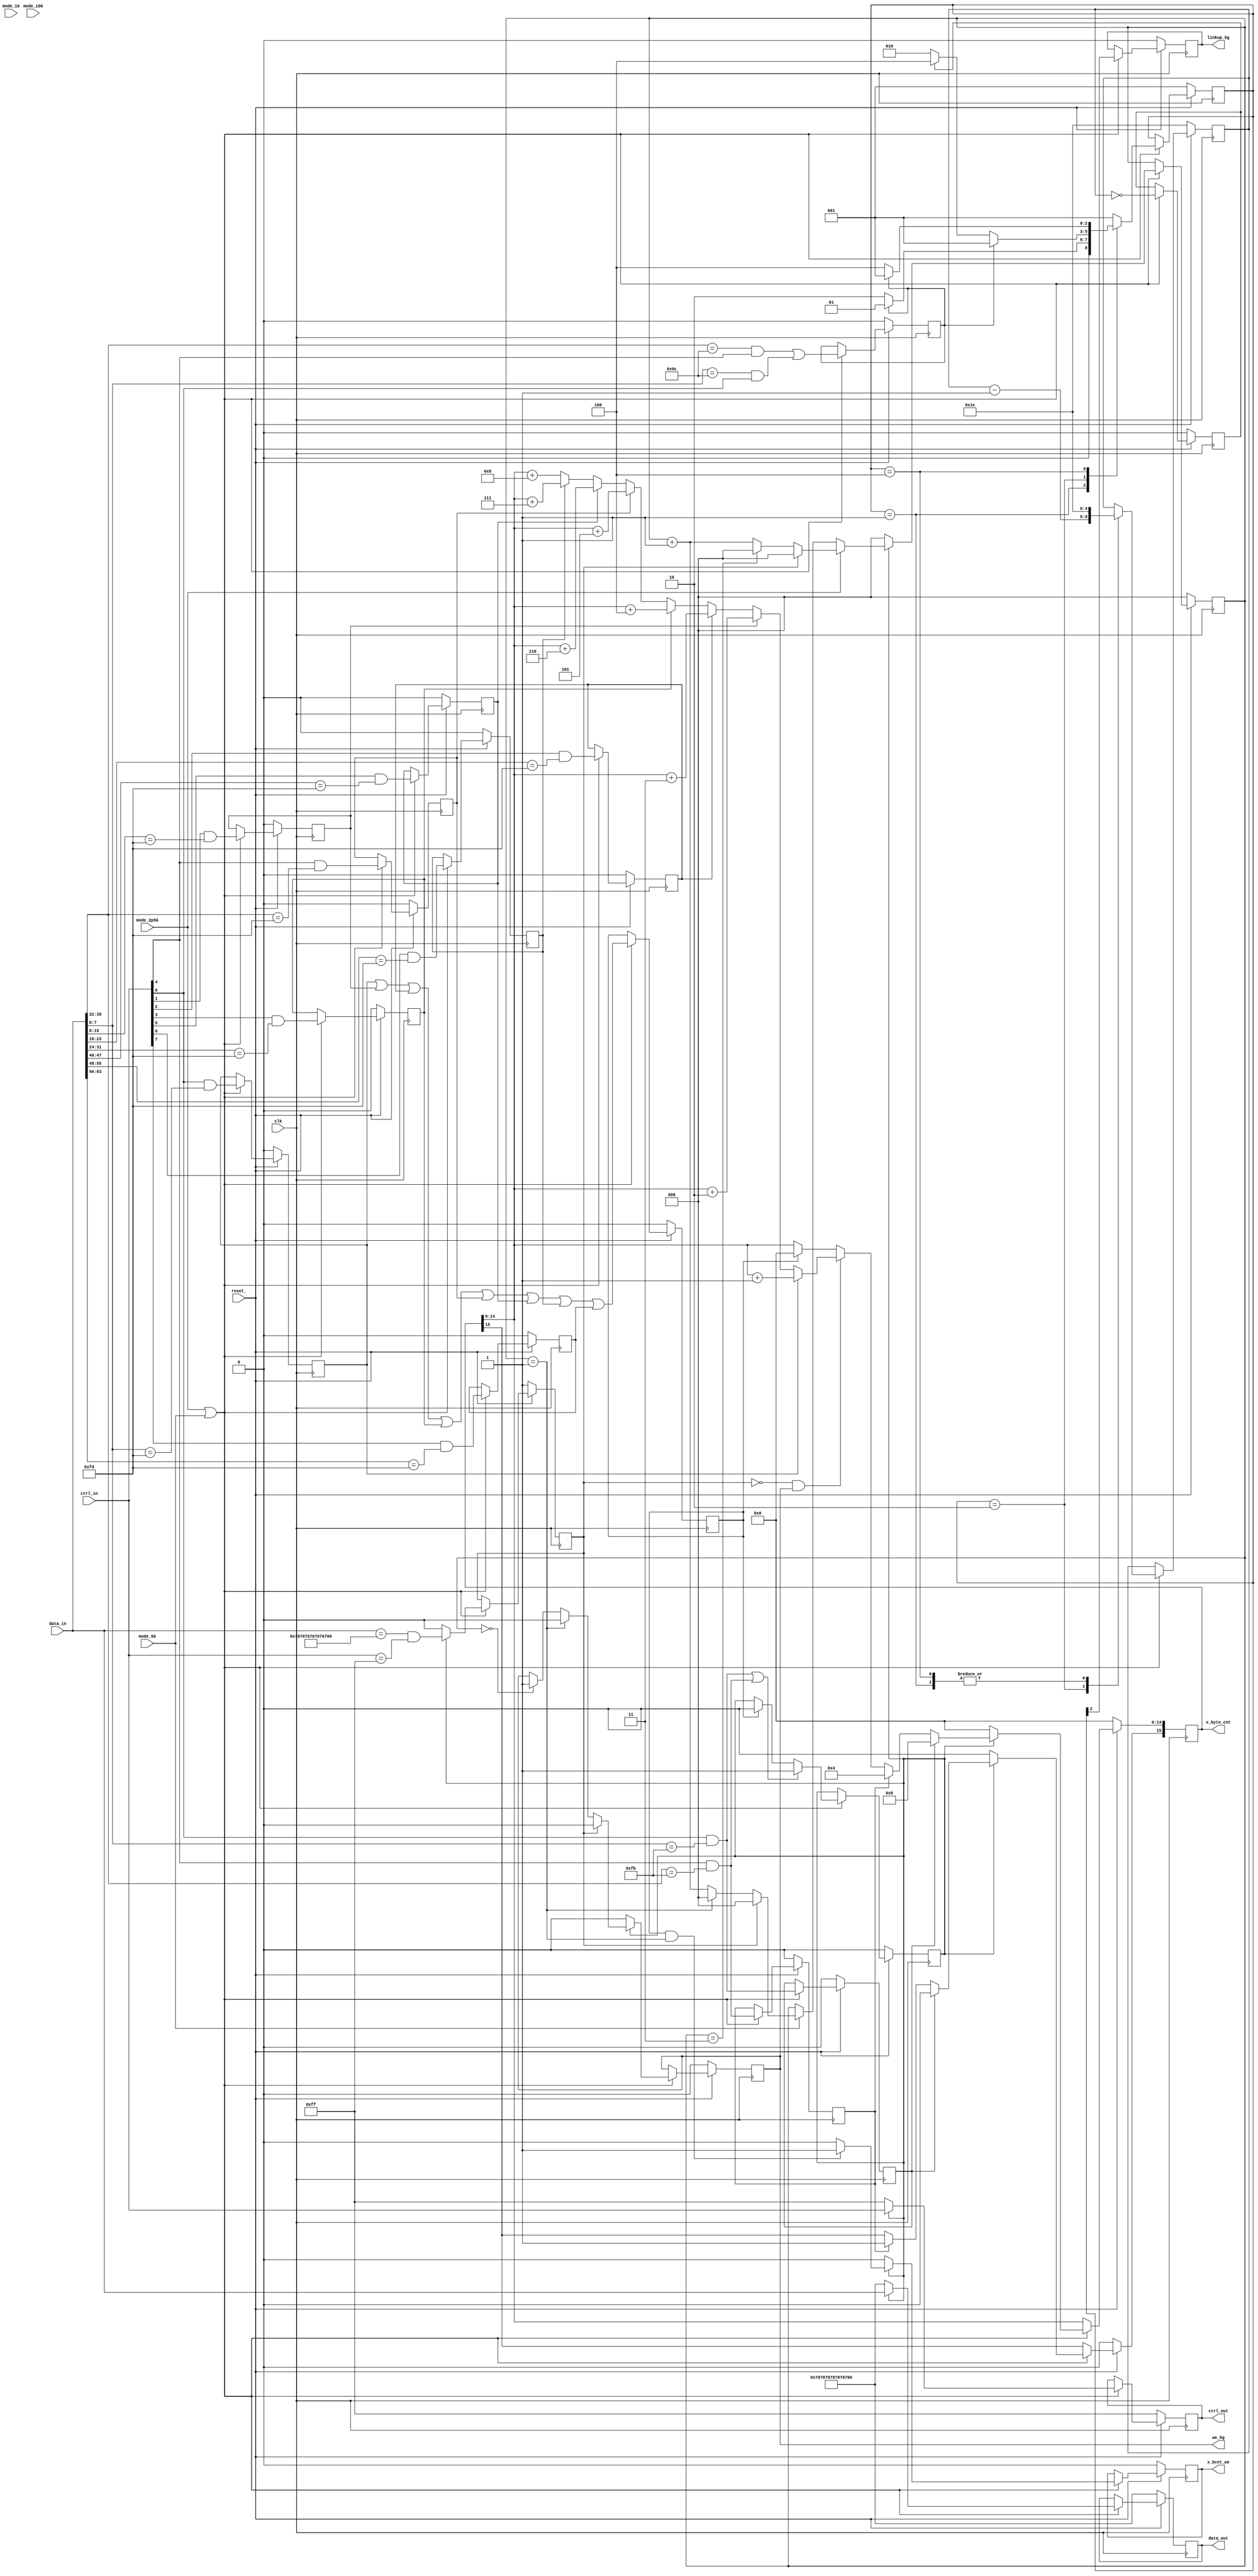
//
// Copyright (C) 2018 LeWiz Communications, Inc. 
// 
// This library is free software; you can redistribute it and/or
// modify it under the terms of the GNU Lesser General Public
// License as published by the Free Software Foundation; either
// version 2.1 of the License, or (at your option) any later version.
// 
// This library is distributed in the hope that it will be useful,
// but WITHOUT ANY WARRANTY; without even the implied warranty of
// MERCHANTABILITY or FITNESS FOR A PARTICULAR PURPOSE.  See the GNU
// Lesser General Public License for more details.
// 
// You should have received a copy of the GNU Lesser General Public
// License along with this library release; if not, write to the Free Software
// Foundation, Inc., 51 Franklin Street, Fifth Floor, Boston, MA  02110-1301  USA
// 
// LeWiz can be contacted at:  support@lewiz.com
// or address:  
// PO Box 9276
// San Jose, CA 95157-9276
// www.lewiz.com
// 
//    Language: Verilog
//


`timescale 1ns/1ns

module ctrl_2g_5g
	(

		clk			,  	//156Mhz Clock i-1                        
		reset_		,  	//i-1                                     
                       	                                          
		mode_10G 	,  	//i-1, speed modes                        
		mode_5G  	,  	//i-1,                                    
		mode_2p5G	,  	//i-1,                                    
		mode_1G  	,  	//i-1,                                    
		               	                                          
		data_in		,  	//i-64, input data                        
		ctrl_in		,  	//i-8, input control                      
		               	                                          
		data_out	,  	//o-64, output data                       
		ctrl_out	,  	//o-8, output control                     
		we_5g		,  	//o-1, write enable for 2.5G and 5G speeds
		x_byte_cnt	,  	//o-16, byte count for every packet       
		x_bcnt_we	,  	//o-1, write enable for byte count fifo   
		linkup_5g      	
	
	);
	
	
	input 			clk			;	//156Mhz Clock i-1
	input 			reset_		;	//i-1

	input			mode_10G 	;	//i-1, speed modes
	input			mode_5G  	;	//i-1, 
	input			mode_2p5G	; 	//i-1, 
	input			mode_1G  	;	//i-1, 
	       	
	input  	[63:0] 	data_in		;	//i-64, input data
	input  	[07:0]	ctrl_in		;	//i-8, input control
	       	
	output 	[63:0] 	data_out	;	//o-64, output data
    output 	[07:0]  ctrl_out	;	//o-8, output control
    output 			we_5g		;	//o-1, write enable for 2.5G and 5G speeds 
    output 	[15:0] 	x_byte_cnt	;	//o-16, byte count for every packet
    output			x_bcnt_we	;	//o-1, write enable for byte count fifo
    output			linkup_5g	;

    reg   	[63:0] 	data_out	; 
    reg  	[07:0]  ctrl_out	;
    reg 			we_5g		;
    reg	 	[15:0]	x_byte_cnt	;
    reg				x_bcnt_we	; 
    
    reg    	[02:0]	count		;
    reg				sof			;	//Start of packet
    reg				sof0		;	//Start of packet on Byte 0 of the first QWD
    reg				sof4		;	//Start of packet on Byte 4 of the first QWD
    reg				eof			;	//End of Packet
    reg				eof0		;	//End of Packet on Byte 0 of the last QWD
    reg				eof1		;	//End of Packet on Byte 1 of the last QWD
    reg				eof2		;	//End of Packet on Byte 2 of the last QWD
    reg				eof3		;	//End of Packet on Byte 3 of the last QWD
    reg				eof4		;	//End of Packet on Byte 4 of the last QWD
    reg				eof5		;	//End of Packet on Byte 5 of the last QWD
    reg				eof6		;	//End of Packet on Byte 6 of the last QWD
    reg				eof7		;	//End of Packet on Byte 7 of the last QWD	
    reg 			rx_dinvalid	;	//invalid data
    reg				linkup_5g	;
    
    reg				frame		;
    
    parameter [2:0]
    	
    	LINK_FAIL = 3'd1,
    	LINK_RCVR = 3'd2,
    	LINK_GOOD = 3'd4;
    	
    reg [2:0] state;
    reg [4:0] link_cnt;
    reg		  link_ok;
    reg		  link_bad;
    wire	  link_fault;
    assign link_fault = (data_in[39:32] == 8'h9c && ctrl_in[4]) || 
    					(data_in[7:0] == 8'h9c && ctrl_in[0]);
        
    
	always @ (posedge clk) begin
	
			if (!reset_)
				begin
					
					data_out   	<= 64'h0707_0707_0707_0707;
					ctrl_out   	<= 8'hff;
					we_5g	   	<= 1'b0;
					count	   	<= 3'd0;
					sof 	   	<= 1'b0;
					sof0	   	<= 1'b0;
					sof4       	<= 1'b0;
					eof		   	<= 1'b0;
					eof0       	<= 1'b0;
					eof1       	<= 1'b0;
					eof2       	<= 1'b0;
					eof3       	<= 1'b0;
					eof4       	<= 1'b0;
					eof5       	<= 1'b0;
					eof6       	<= 1'b0;
					eof7       	<= 1'b0;
					x_byte_cnt 	<= 16'd0;
					x_bcnt_we 	<= 1'b0;
					rx_dinvalid <= 1'b1;
					linkup_5g	<= 1'b0;
					link_ok		<= 1'b0;
					link_bad	<= 1'b0; 
					
					frame		<= 1'b0;
										
				end
			
			else
				begin
				
				if (mode_2p5G | mode_5G) begin
					
					frame <= ((ctrl_in[0] && data_in[7:0] == 8'hfb) ||
						     (ctrl_in[4] && data_in[39:32] == 8'hfb))?	1'b1 :
						     (eof)? 1'b0	:	frame;
						
					sof <= (ctrl_in[0] && data_in[7:0] == 8'hfb) ||				//Detect the the start of the packet based on
						   (ctrl_in[4] && data_in[39:32] == 8'hfb);				//the position of "fb"
						   
					sof0 <=  (ctrl_in[0] && data_in[7:0]   == 8'hfb);			//Packet starts on byte 0
					sof4 <=  (ctrl_in[4] && data_in[39:32] == 8'hfb);			//Packet starts on byte 4
					
					
					eof  <= (eof0 | eof1 | eof2 | eof3 | eof4 | eof5 | eof6 | eof7 );		//Detects the end of packet based on the position of "fd"
					eof0 <= (ctrl_in[0] && data_in[7:0] == 8'hfd)    ;						//Packet ends on byte 0	
					eof1 <=	(ctrl_in[1] && data_in[15:8] == 8'hfd)   ;						//Packet ends on byte 1
					eof2 <=	(ctrl_in[2] && data_in[23:16] == 8'hfd)  ;						//Packet ends on byte 2
					eof3 <=	(ctrl_in[3] && data_in[31:24] == 8'hfd)  ;						//Packet ends on byte 3
					eof4 <=	(ctrl_in[4] && data_in[39:32] == 8'hfd)  ;						//Packet ends on byte 4
					eof5 <=	(ctrl_in[5] && data_in[47:40] == 8'hfd)  ;						//Packet ends on byte 5
					eof6 <=	(ctrl_in[6] && data_in[55:48] == 8'hfd)  ;						//Packet ends on byte 6
					eof7 <=	(ctrl_in[7] && data_in[63:56] == 8'hfd)	 ;						//Packet ends on byte 7
					
					if (frame) begin
					
					x_byte_cnt[14:0] <= (sof0) ? 15'd8 :				//Byte count for the number of bytes in the given packet									     
							(sof4) ? 15'd4 :							//if packet start at B0 then you start with "8"									
							(!rx_dinvalid & we_5g) ?                   	//and if it starts at B4 then you start with "4"
							((eof0) ? x_byte_cnt[14:0] + 15'd1 :		//As the position of "fd" is not fixed															               
							 (eof1) ? x_byte_cnt[14:0] + 15'd2 :		//for the last QWD, we add different numbers based on the 										           
							 (eof2) ? x_byte_cnt[14:0] + 15'd3 :		//position of "fd"										                  	
							 (eof3) ? x_byte_cnt[14:0] + 15'd4 :
							 (eof4) ? x_byte_cnt[14:0] + 15'd5 :
							 (eof5) ? x_byte_cnt[14:0] + 15'd6 :
							 (eof6) ? x_byte_cnt[14:0] + 15'd7 :
							 x_byte_cnt[14:0] + 15'd8) :
							 (eof) ? 15'd0 : 
							x_byte_cnt;								                                 

					//set MSB if packet is sof4 type. set it zero if sof0 type
					x_byte_cnt[15] <= (sof0) ? 1'b0 :									     
										(sof4) ? 1'b1 : x_byte_cnt[15];						
																                                 
					x_bcnt_we <= (eof & count == 3'd1) ? 1'b1 :	
							1'b0;
							
					rx_dinvalid <= ((data_in == 64'h0707_0707_0707_0707) && (ctrl_in == 8'hff));
					
					we_5g <= (rx_dinvalid) ? 1'b0 :       //Write enable generated for the gige_fifo, to write the data onto the memory
						(count == 3'd1) ? 1'b0 :
						(!count) ? 1'b1 :
						we_5g
						;							     
					
					count <= (mode_2p5G) ?       	//Count is the count used to control the "we_5g" signal
						((rx_dinvalid) ? 3'd0:      //Its value is different for different speed
						(count == 3'd3) ? 3'd0 : 
						count + 1) :             
						(mode_5G) ?         	
						((rx_dinvalid) ? 3'd0:   
						(count == 3'd1) ? 3'd0 : 
						count + 1) :             
						count                    
						;                        
					
					data_out <= data_in;                  //No change in data
					
					ctrl_out <= ctrl_in;	              //No change in control
							
							linkup_5g <= state[2] ; 
							link_bad <= link_fault;
							link_ok <= (link_cnt == 5'd0) ;
					
					end		
					else begin
					
					x_byte_cnt	<= 16'b0;								                                 
																                                 
					x_bcnt_we 	<= 1'b0;
							
					rx_dinvalid <= 1'b0;
					
					we_5g 		<= 1'b0;							                             
					
					count 		<= 3'd0;                              	
					
					data_out 	<= 64'h0707070707070707;              
					         	
					ctrl_out 	<= 8'hFF;	             
							
					linkup_5g 	<= state[2] ; 
					link_bad 	<= link_fault;
					link_ok 	<= (link_cnt == 5'd0) ;
					
					end		
				end
				
       		end
	end        
        
	//for linkup-detection                
	always @ (posedge clk)
		begin 
			if (!reset_)
				begin
					state <= LINK_FAIL;        
                    link_cnt <= 5'd30;
                end
            else
            	begin
            	if (mode_2p5G | mode_5G) begin
            		case(state)
            		LINK_FAIL :
            			begin
            				state <= link_bad ? LINK_FAIL : LINK_RCVR ;
            				link_cnt <= 5'd30;
                    	end
                    	
                    LINK_RCVR :
                    	begin
                    		state <= link_bad ? LINK_FAIL : 
                    			( link_ok ? LINK_GOOD : LINK_RCVR )
                    			;
                    		link_cnt <= link_cnt - 5'd1 ;
                    	end
                    	
                    LINK_GOOD :
                    	begin
                    		state <= link_bad ? LINK_FAIL :
                    			LINK_GOOD
                    			;
                    		link_cnt <= 5'd30;
                    	end
                    
                    default : 
                    		state <= LINK_FAIL;
                    endcase
            	end     
            end
        end       
endmodule